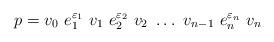
LaTeX: \begin{align*} p = v_0~e_1^{\varepsilon_1}~v_1~e_2^{\varepsilon_2}~v_2~\dots~v_{n-1}~e_n^{\varepsilon_n}~v_n\end{align*}